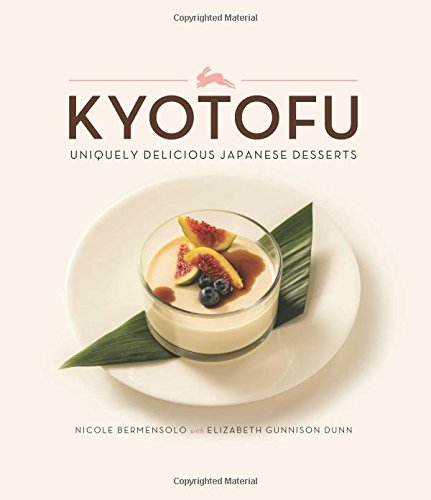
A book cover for Kyotofu: Uniquely Delicious Japanese Desserts; Nicole Bermensolo; Cookbooks, Food & Wine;